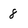
Character: 8